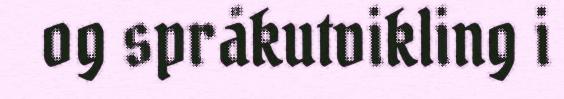
og språkutvikling i